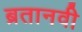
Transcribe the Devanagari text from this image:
ब्रतानवी